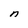
Character: n